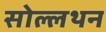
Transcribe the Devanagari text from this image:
सोल्लथन